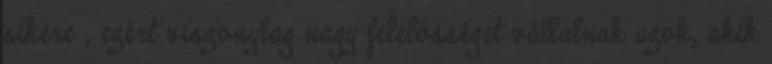
sikere , ezért viszonylag nagy felelősséget vállalnak azok, akik